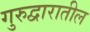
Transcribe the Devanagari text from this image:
गुरुद्वारातील